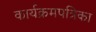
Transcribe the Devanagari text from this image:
कार्यक्रमपत्रिका